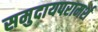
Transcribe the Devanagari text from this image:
समुदायपरामर्श